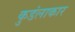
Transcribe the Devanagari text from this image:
कुडंलाकार